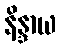
နိန္ဒာယ